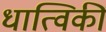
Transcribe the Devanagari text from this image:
धात्विकी